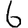
Digit: 6